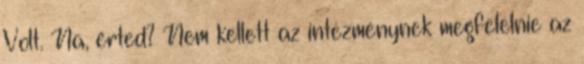
Volt. Na, érted? Nem kellett az intézménynek megfelelnie az